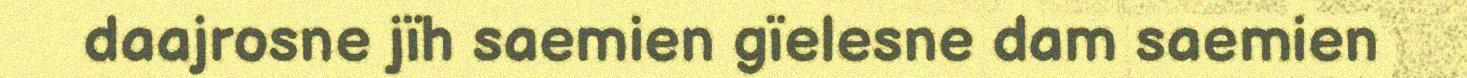
daajrosne jïh saemien gïelesne dam saemien